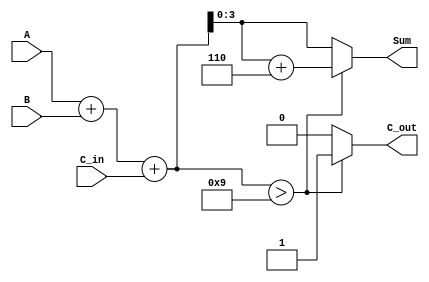
module BCD_Conditional_Adder (
    input  [3:0] A,        // First BCD digit (0-9)
    input  [3:0] B,        // Second BCD digit (0-9)
    input        C_in,     // Carry input
    output reg [3:0] Sum,  // Resulting BCD digit after addition
    output reg C_out       // Carry output
);

    wire [4:0] S;          // 5-bit sum to accommodate carry
    wire [4:0] corrected_sum;

    // Step 1: Perform binary addition
    assign S = A + B + C_in;

    // Step 2: BCD correction
    always @(*) begin
        if (S > 9) begin
            Sum = S[3:0] + 4'b0110; // Add 6 to correct
            C_out = 1;              // Carry out is 1
        end else begin
            Sum = S[3:0];           // No correction needed
            C_out = 0;              // Carry out is 0
        end
    end

endmodule